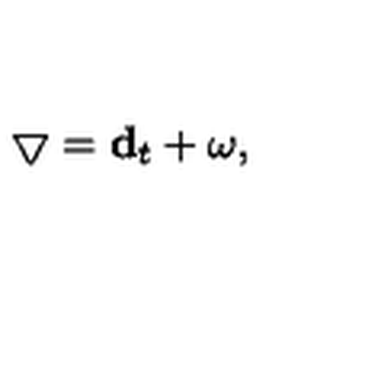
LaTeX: \bigtriangledown = { \bf d } _ { t } + \omega ,